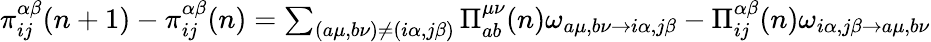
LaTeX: \begin{array}{r}{\pi_{ij}^{\alpha\beta}(n+1)-\pi_{ij}^{\alpha\beta}(n)=\sum_{(a\mu,b\nu)\neq(i\alpha,j\beta)}\Pi_{ab}^{\mu\nu}(n)\omega_{a\mu,b\nu\rightarrow i\alpha,j\beta}-\Pi_{ij}^{\alpha\beta}(n)\omega_{i\alpha,j\beta\rightarrow a\mu,b\nu}}\end{array}